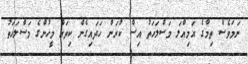
ނަމަވެސް ތިމާގެ އަމިއްލަ މަސްލަހަތު އިސް ކުރަން ހަދައިގެން ކިތައް މީހުންގެ މަސްލަހަތު